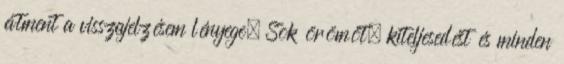
átment a visszajelzésem lényege. Sok örömöt, kiteljesedést és minden